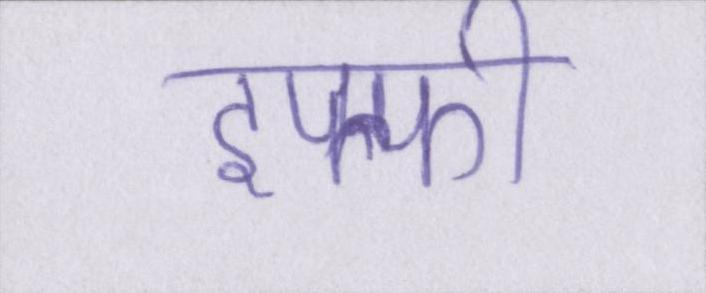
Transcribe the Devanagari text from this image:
इफ्फी